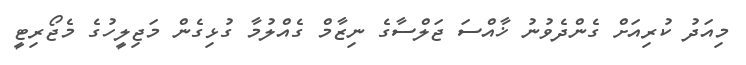
މިއަދު ކުރިއަށް ގެންދެވުނު ޚާއްސަ ޖަލްސާގެ ނިޒާމް ގެއްލުމާ ގުޅިގެން މަޖިލީހުގެ މެޖޯރިޓީ